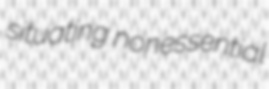
situating nonessential